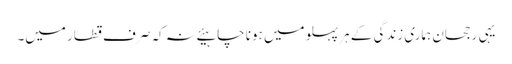
یہی رجحان ہماری زندگی کے ہر پہلو میں ہونا چاہیئے نہ کہ صرف قطار میں۔